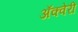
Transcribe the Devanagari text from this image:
अॅक्वेरी